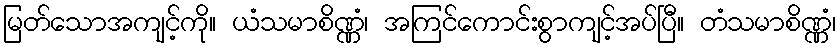
မြတ်သောအကျင့်ကို။ ယံသမာစိဏ္ဏံ၊ အကြင်ကောင်းစွာကျင့်အပ်ပြီ။ တံသမာစိဏ္ဏံ၊